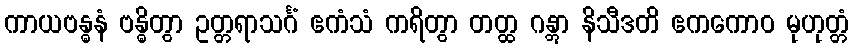
ကာယဗန္ဓနံ ဗန္ဓိတွာ ဥတ္တရာသင်္ဂံ ဧကံသံ ကရိတွာ တတ္ထ ဂန္တွာ နိသီဒတိ ဧကကောဝ မုဟုတ္တံ